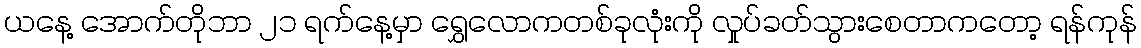
ယနေ့ အောက်တိုဘာ ၂၁ ရက်နေ့မှာ ရွှေလောကတစ်ခုလုံးကို လှုပ်ခတ်သွားစေတာကတော့ ရန်ကုန်